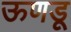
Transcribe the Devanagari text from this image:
ऊणडू